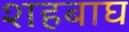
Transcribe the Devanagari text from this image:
शहबाघ